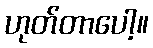
ဟုတ်တာပေါ့။